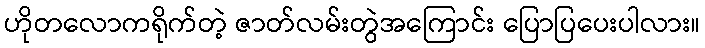
ဟိုတလောကရိုက်တဲ့ ဇာတ်လမ်းတွဲအကြောင်း ပြောပြပေးပါလား။